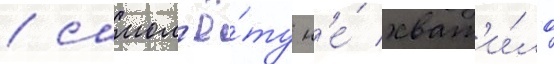
/ самол'ё́ту н'е́ хват'и́ло